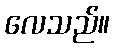
လေသည်။